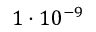
1 \cdot 1 0 ^ { - 9 }